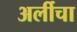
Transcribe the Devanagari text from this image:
अर्लीचा